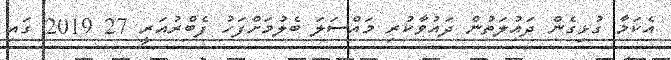
އެކަމާ ގުޅިގެން ދައުލަތުން ދައުވާކުރި މައްސަލަ ބެލުމަށްފަހު ފެބްރުއަރީ 27 2019 ގައި